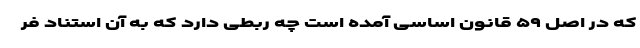
که در اصل ۵۹ قانون اساسی آمده است چه ربطی دارد که به آن استناد فر